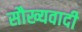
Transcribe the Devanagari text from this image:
सौख्यवादी